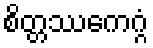
စိတ္တဿေကဂ္ဂံ